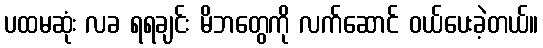
ပထမဆုံး လခ ရရချင်း မိဘတွေကို လက်ဆောင် ဝယ်ပေးခဲ့တယ်။